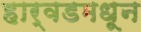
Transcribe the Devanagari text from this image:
हार्वडमधून